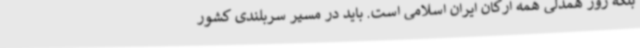
بلکه روز همدلی همه ارکان ایران اسلامی است. باید در مسیر سربلندی کشور